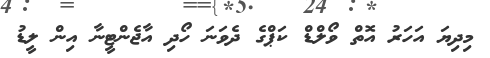
މިިދިޔަ އަހަރު އޮތް ވޯލްޑް ކަޕްގެ ދެވަނަ ހޯދި އާޖެންޓީނާ އިން ލީޑު